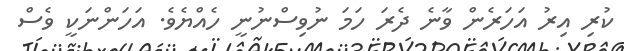
ކުރި އިރު އަހަރެން ވާނެ ދެރަ ހަމަ ނުވިސްނުނީ ހެއްޔެވެ. އަހަންނަކީ ވެސް